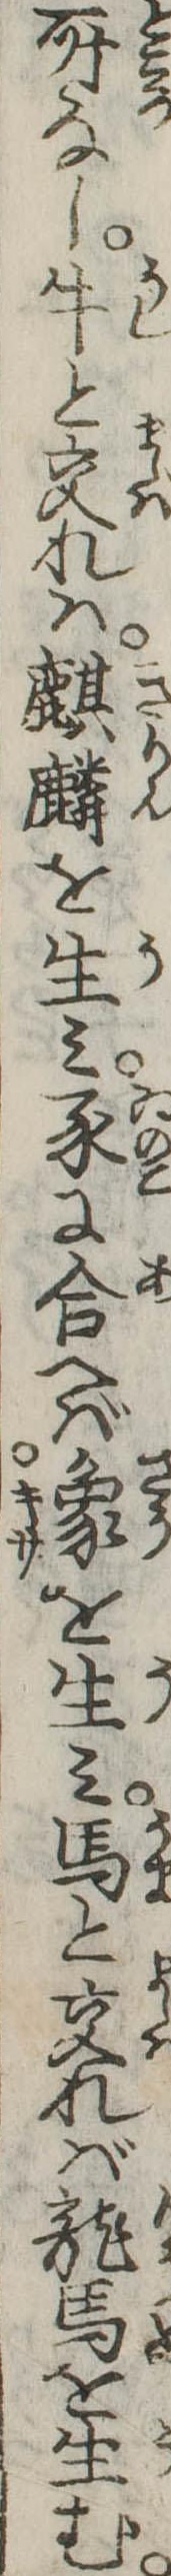
所なし牛と交れは麒麟を生み豕に合へば象を生み馬と交れば竜馬を生む